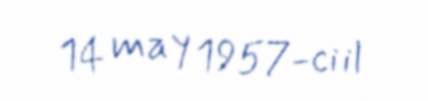
14 may 1957-ci il